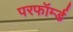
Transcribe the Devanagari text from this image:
परफॉर्म्ड